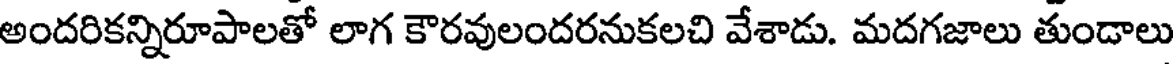
అందరికన్నిరూపాలతో లాగ కౌరవులందరనుకలచి వేశాడు. మదగజాలు తుండాలు